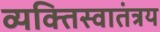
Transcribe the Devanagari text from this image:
व्यक्तिस्वातंत्रय